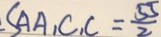
S _ { A A _ { 1 } C _ { 1 } C } = \frac { 5 5 } { 2 }